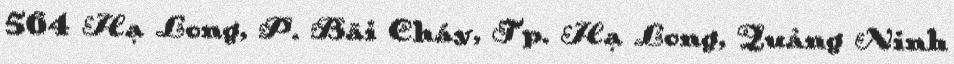
564 Hạ Long, P. Bãi Cháy, Tp. Hạ Long, Quảng Ninh